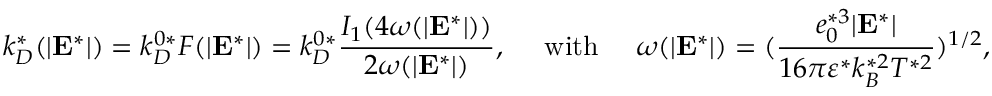
k _ { D } ^ { * } ( | \mathbf { E } ^ { * } | ) = k _ { D } ^ { 0 * } F ( | \mathbf { E } ^ { * } | ) = k _ { D } ^ { 0 * } \frac { I _ { 1 } ( 4 \omega ( | \mathbf { E } ^ { * } | ) ) } { 2 \omega ( | \mathbf { E } ^ { * } | ) } , \ \ \ \ \mathrm { w i t h } \ \ \ \ \omega ( | \mathbf { E } ^ { * } | ) = ( \frac { e _ { 0 } ^ { * 3 } | \mathbf { E } ^ { * } | } { 1 6 \pi \varepsilon ^ { * } k _ { B } ^ { * 2 } T ^ { * 2 } } ) ^ { 1 / 2 } ,